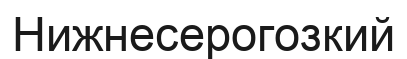
Нижнесерогозкий